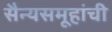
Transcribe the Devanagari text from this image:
सैन्यसमूहांची